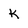
Character: k